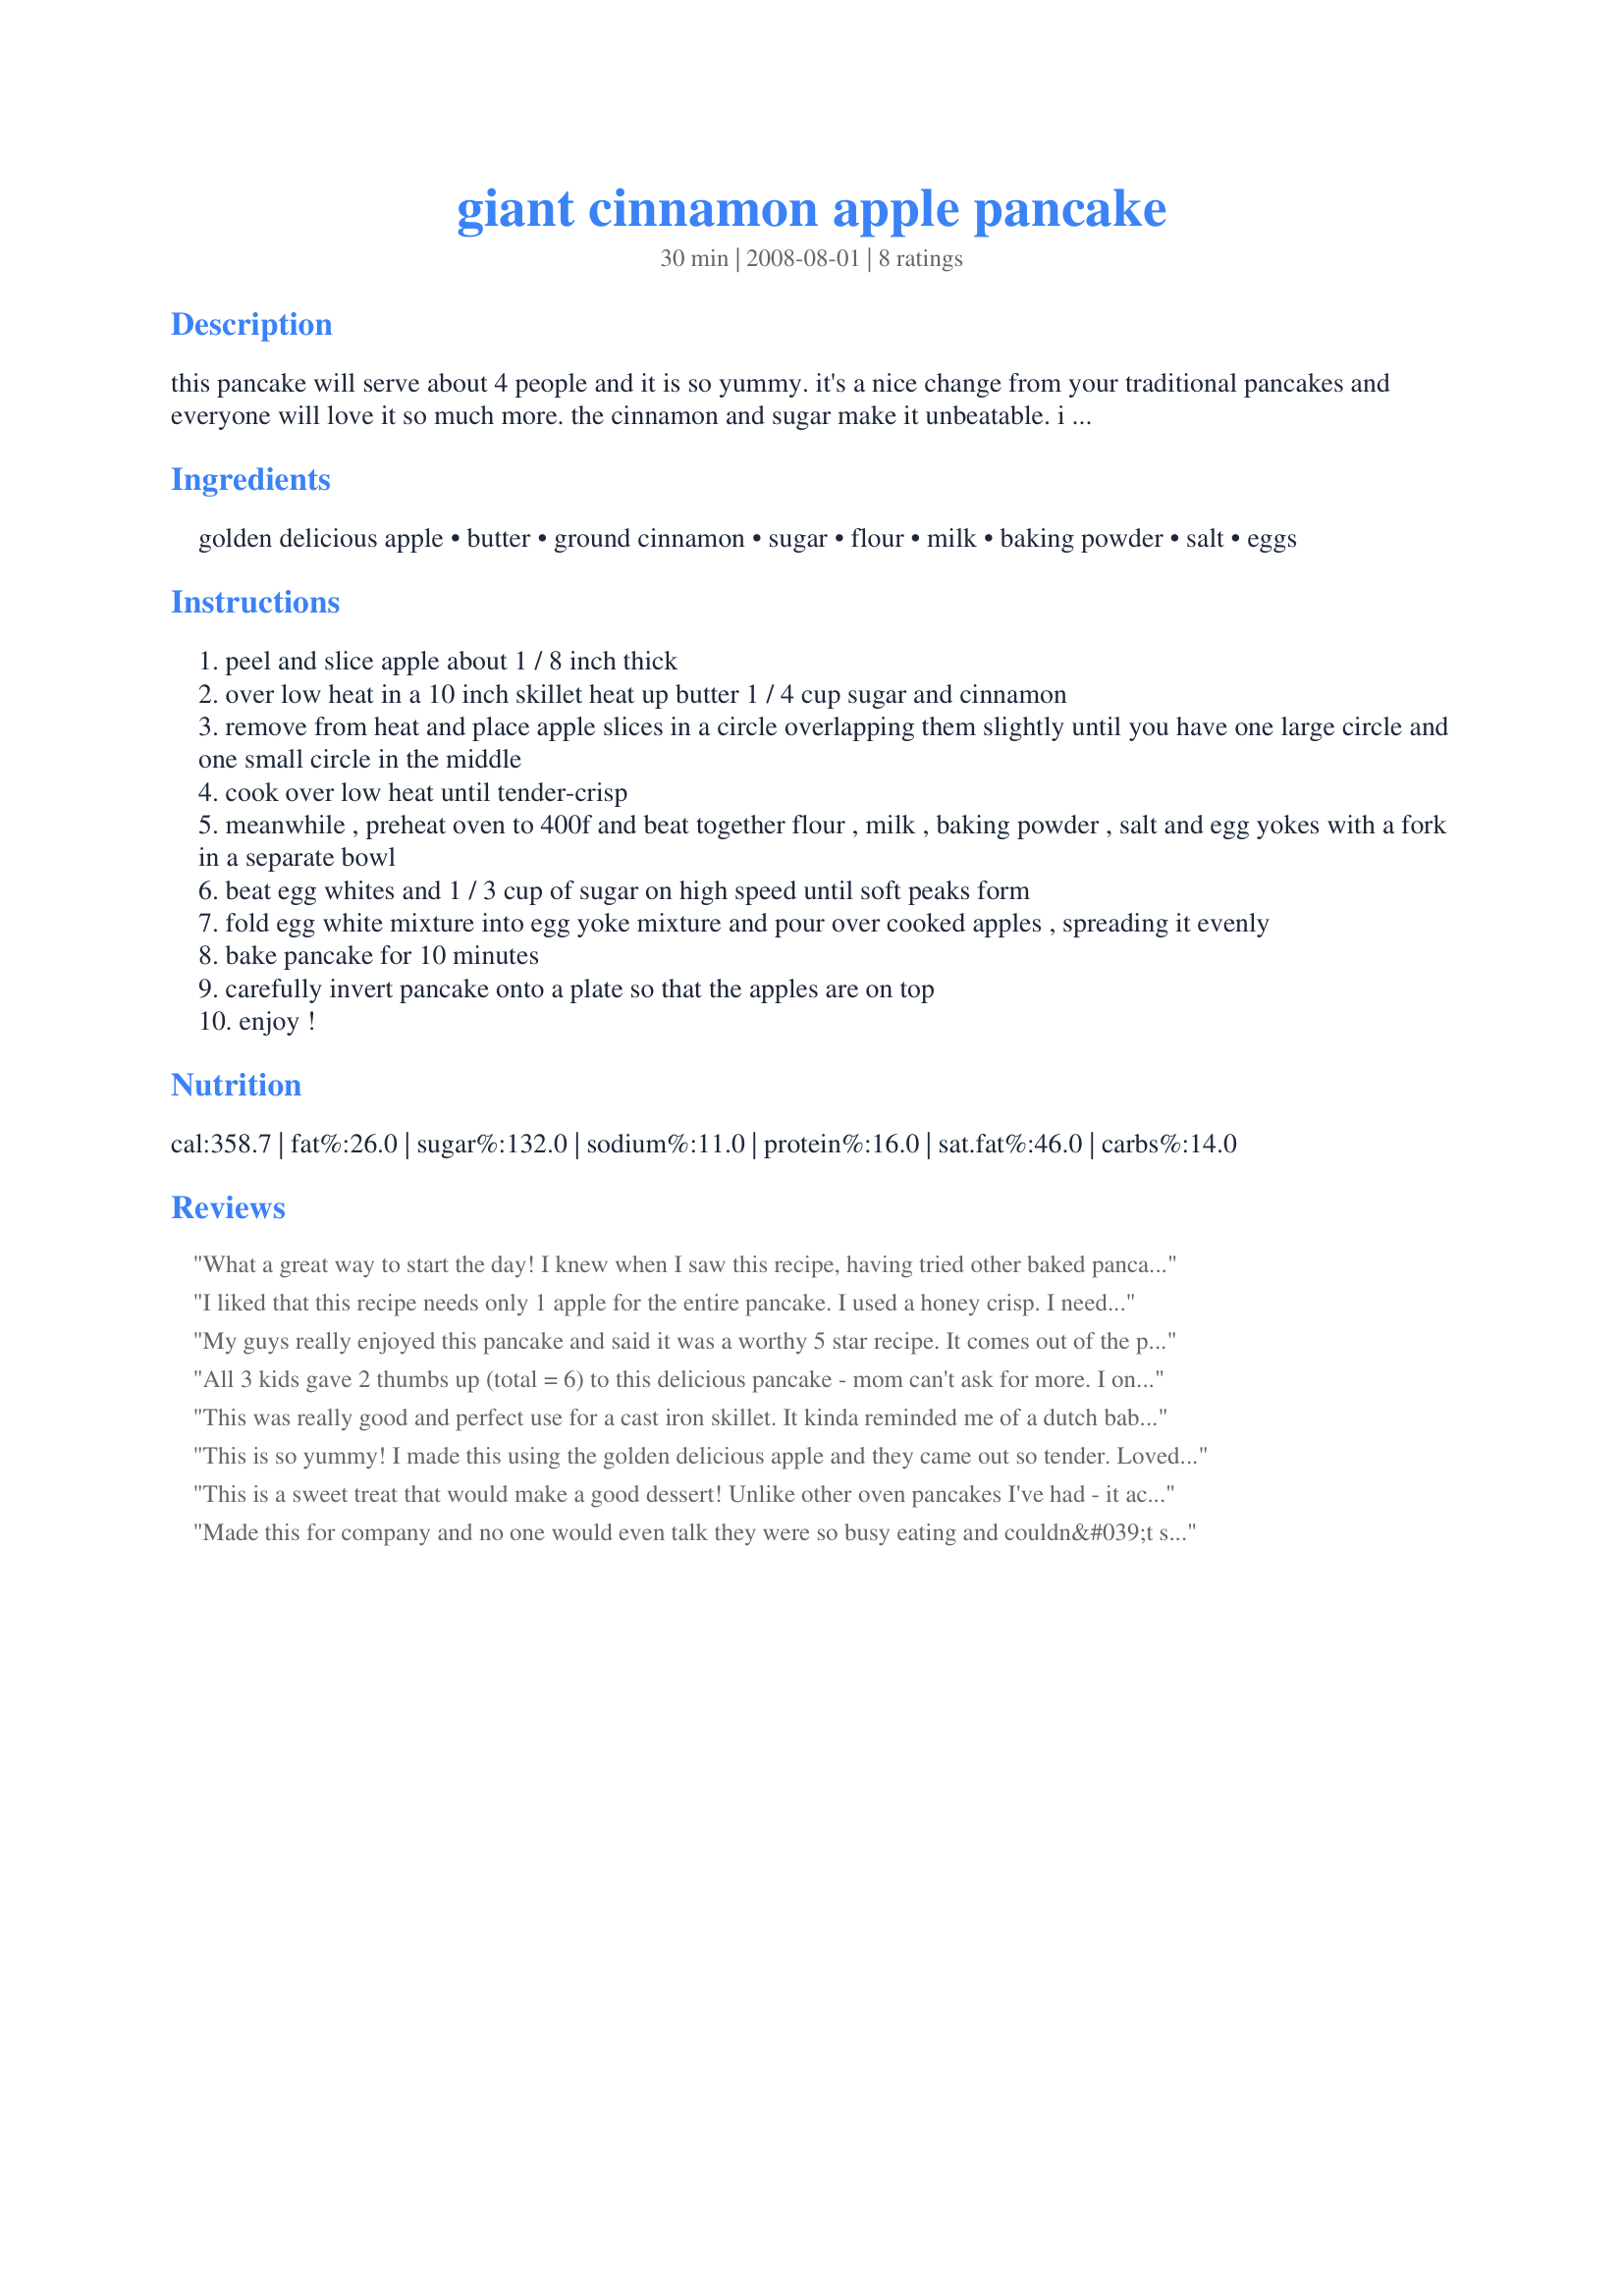
giant cinnamon apple pancake
Preparation time: 30 minutes

this pancake will serve about 4 people and it is so yummy. it's a nice change from your traditional pancakes and everyone will love it so much more. the cinnamon and sugar make it unbeatable. i always make this for a brunch when i have special guests. it's a winner every time! note: you can make this the night before and just heat it up in the morning. put it in the oven on 250°f for about 15 minutes.

Ingredients:
golden delicious apple, butter, ground cinnamon, sugar, flour, milk, baking powder, salt, eggs

Steps:
peel and slice apple about 1 / 8 inch thick
over low heat in a 10 inch skillet heat up butter 1 / 4 cup sugar and cinnamon
remove from heat and place apple slices in a circle overlapping them slightly until you have one large circle and one small circle in the middle
cook over low heat until tender-crisp
meanwhile , preheat oven to 400f and beat together flour , milk , baking powder , salt and egg yokes with a fork in a separate bowl
beat egg whites and 1 / 3 cup of sugar on high speed until soft peaks form
fold egg white mixture into egg yoke mixture and pour over cooked apples , spreading it evenly
bake pancake for 10 minutes
carefully invert pancake onto a plate so that the apples are on top
enjoy !

Reviews:
What a great way to start the day! I knew when I saw this recipe, having tried other baked pancakes, that this one would be a winner. The apples and cinnamon bring this over the top! I made as directed, only using a Fiji apple instead of the golden delicious. I served with real maple syrup and a side of sausage. A tip for those inverting this onto a platter: be sure to do your flipping on a platter placed over paper toweling. The butter/cinnamon is still pretty gooey and will spill over as you turn your pan if you are not careful. Thanks so much for this recipe, Sarah in New York, for a recipe I am sure to use again and again!
I liked that this recipe needs only 1 apple for the entire pancake. I used a honey crisp. I needed to cook the apple slices for about 12 minutes on the stove top to soften them. Next time I need to make sure that I thoroughly incorporate the whipped egg whites into the pancake batter, without deflating the egg whites. I was trying to be careful to not overmix the 2 batters and I ended up under mixing it a little and so the pancake was a little lopsided after cooling out of the oven. Did not effect the taste at all. I baked mine in a 10" cast iron skillet. The pancake needed about 12 minutes in my oven to get golden brown. Great recipe. I can see why chef Sarah in New York says it is a winner every time.
My guys really enjoyed this pancake and said it was a worthy 5 star recipe. It comes out of the pan so easily with a lovely gooey topping. We didn't think it needed any additional syrup. Thanks for sharing this very different breakfast treat. Made for ZWT - Xtra Hot Dishes.
All 3 kids gave 2 thumbs up (total = 6) to this delicious pancake - mom can't ask for more. I only used a tablespoon of sugar in the actual pancake and we drizzled golden syrup over top. Thanks!
This was really good and perfect use for a cast iron skillet. It kinda reminded me of a dutch baby. I used a granny smith apple because they are my fav. I made this for ZWT5.
This is so yummy! I made this using the golden delicious apple and they came out so tender. Loved the flavor of the cinnamon. Nice sweet treat for breakfast. Thanks for posting. :)
This is a sweet treat that would make a good dessert! Unlike other oven pancakes I've had - it actually tastes like a pancake - but one that's rich and almost too moist. I added just a touch of vanilla and to offset some of the sweetness, served it with a dollop of Greek yogurt. I had cut the recipe down to a single serving using a little over 1/4 of a large Granny Smith - I would have liked more apple - but that's a personal preference, as there was a nice balance of fruit to cake. Very quick to make I can see where this would be a great treat for kids - I might try making it with whole wheat pastry flour. I used my 7" cast iron frying pan but still baked for the 10 minutes and it came out perfectly cooked. Thanks for sharing! Made for ZWT 6 ZINGO by one of the Unrulies Under the Influence.
Made this for company and no one would even talk they were so busy eating and couldn&#039;t stop. Love the apple and cinnamon flavors. And so much nicer that it&#039;s one big pancake that&#039;s done at the same time, didn&#039;t need any topping at all, it was perfect. What a great fall breakfast and so easy to make.
